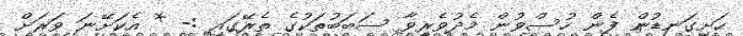
ހަށިގަނޑުން ފެން ހުސްވުން މެދުވެރިވާ ސަބަބުތަކުގެ ތެރޭގައި :- * އެކަށޭނަ ވަރަށް